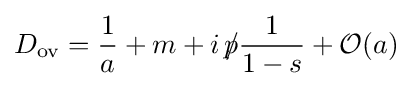
D_{\text{ov}}={\frac {1}{a}}+m+i\,{p\!\!\!/}{\frac {1}{1-s}}+{\mathcal {O}}(a)